Malaria in the Punjab - Number 46
Disease focus: Malaria
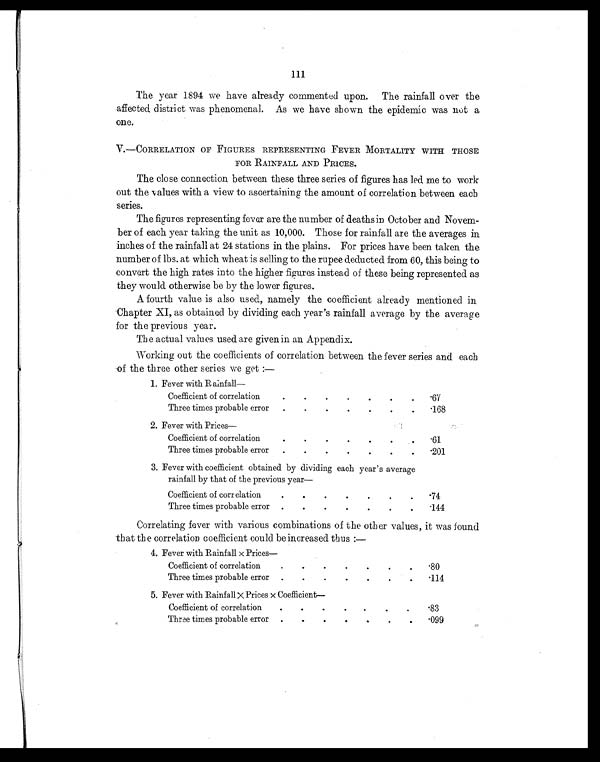
111
The year 1894 we have already commented upon. The rainfall over the
affected district was phenomenal. As we have shown the epidemic was not a
one.
V.-CORRELATION OF FIGURES REPRESENTING FEVER MORTALITY WITH THOSE
FOR RAINFALL AND PRICES.
The close connection between these three series of figures has led me to work
out the values with a view to ascertaining the amount of correlation between each
series.
The figures representing fever are the number of deaths in October and Novem-
ber of each year taking the unit as 10,000. Those for rainfall are the averages in
inches of the rainfall at 24 stations in the plains. For prices have been taken the
number of lbs. at which wheat is selling to the rupee deducted from 60, this being to
convert the high rates into the higher figures instead of these being represented as
they would otherwise be by the lower figures.
A fourth value is also used, namely the coefficient already mentioned in
Chapter XI, as obtained by dividing each year's rainfall average by the average
for the previous year.
The actual values used are given in an Appendix.
Working out the coefficients of correlation between the fever series and each
of the three other series we get :—
1. Fever with Rainfall
—
Coefficient of correlation
.
.
.
.
.
.
.
.67
Three times probable error
.
.
.
.
.
.
.
.168
2. Fever with Prices—
Coefficient of correlation
.
.
.
.
.
.
.
.61
Three times probable error
.
.
.
.
.
.
.
.201
3. Fever with coefficient obtained by dividing each year's average
rainfall by that of the previous year—
Coefficient of correlation
.
.
.
.
.
.
.
.74
Three times probable error
. .
.
.
.
.
.
.144
Correlating fever with various combinations of the other values, it was found
that the correlation coefficient could be increased thus :—
4. Fever with Rainfall × Prices—
Coefficient of correlation
.
.
.
.
.
. .
. 80
Three times probable error .
.
.
.
.
.
.
.114
5. Fever with Rainfall × Prices × Coefficient—
Coefficient of correlation
.
.
. .
.
.
.
.83
Three times probable error
.
.
.
.
.
.
.
.099